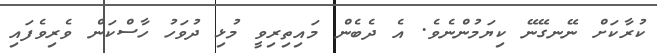
ކުރާކަށް ނޭނގޭނޭ ކިޔަމުންނެވެ. އެ ދެބެން މައިތިރިވީ މުޅި ދުވަހު ހާސްކަން ވެރިވެފައި